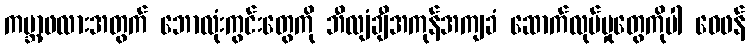
ကမ္ဘာ့ဖလားအတွက် ဘောလုံးကွင်းတွေကို ဘီလျံချီအကုန်အကျခံ ဆောက်လုပ်မှုတွေကိုပါ ဝေဖန်